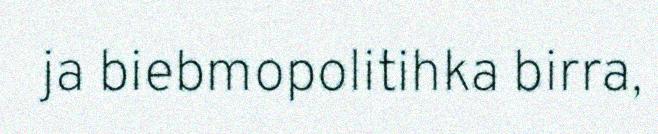
ja biebmopolitihka birra,